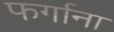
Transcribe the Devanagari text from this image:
फर्गाना